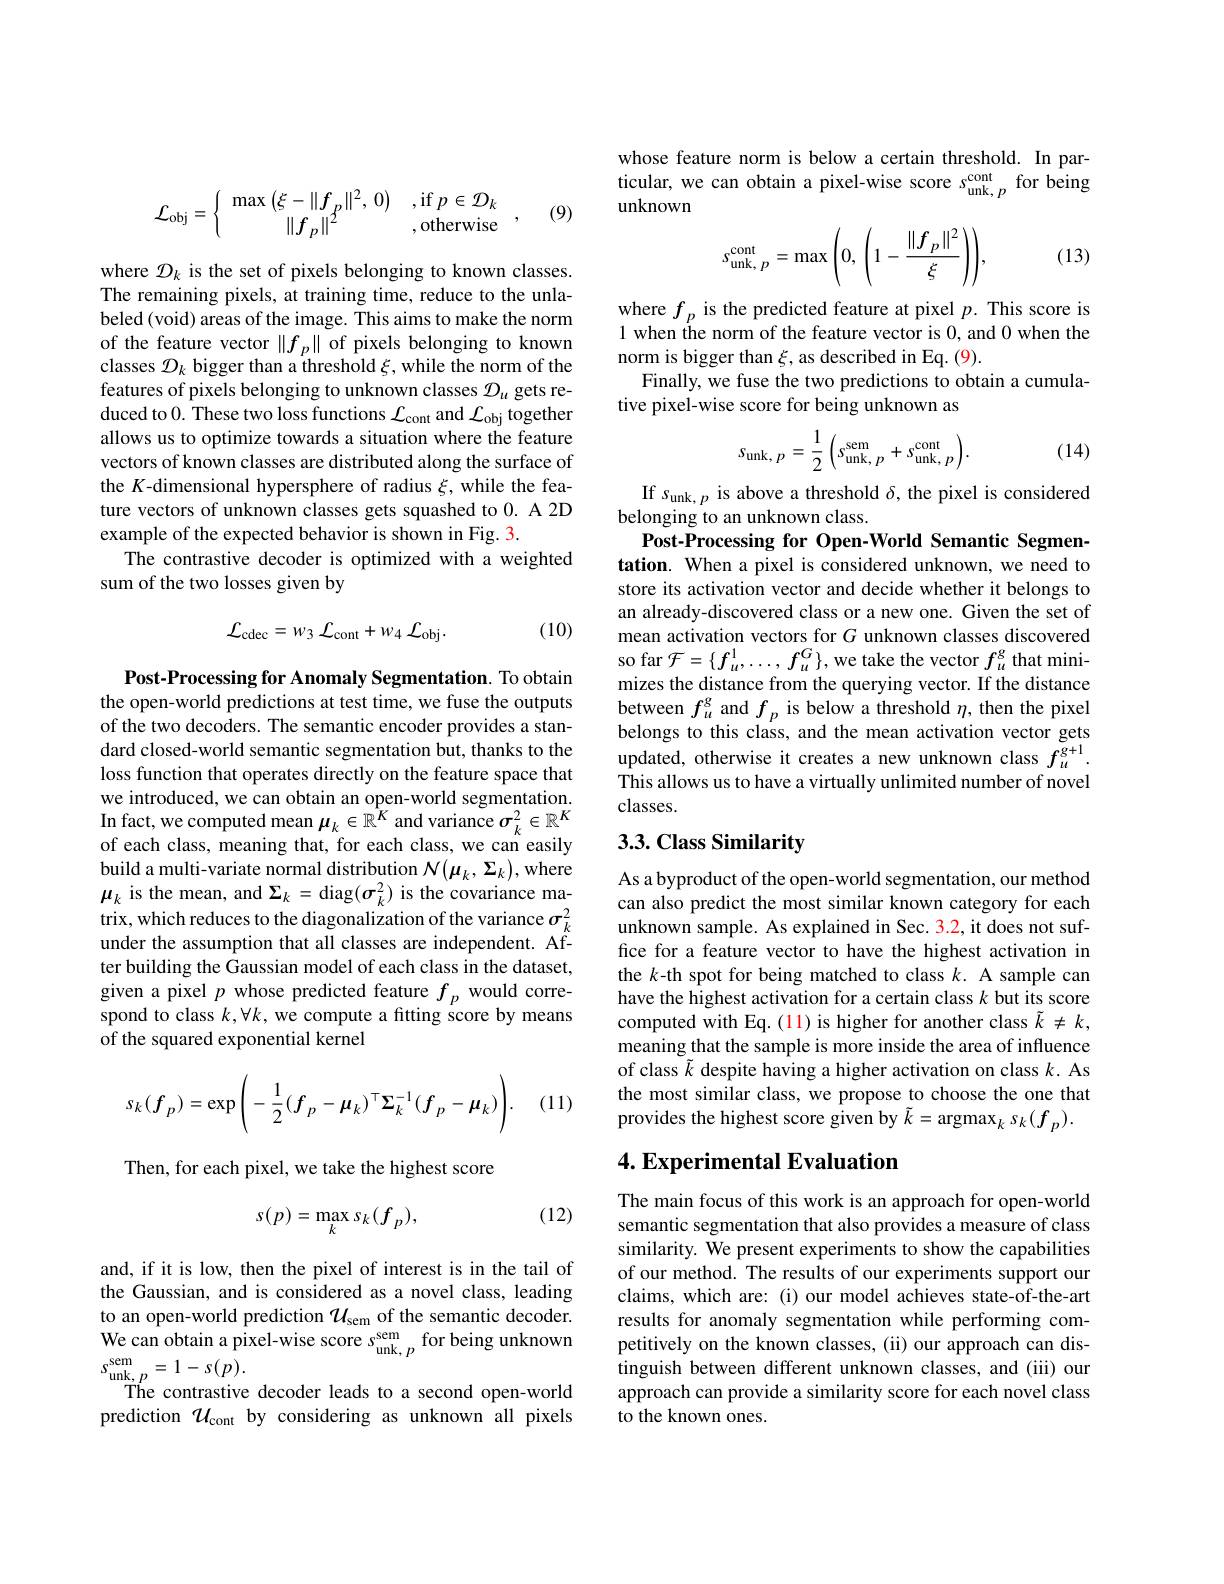
$$\mathcal{L}_{\mathrm{obj}}=\left\{\begin{array}{cc}\max\left(\xi-\|f_p\|^2,\:0\right)&\text{,if}\:p\in\mathcal{D}_k\\\|f_p\|^2&\text{,otherwise}\end{array}\right.,$$
(9)

where $\mathcal{D}_k$ is the set of pixels belonging to known classes. The remaining pixels, at training time, reduce to the unlabeled (void) areas of the image. This aims to make the norm of the feature vector $\|f_p\|$ of pixels belonging to known classes $\mathcal{D}_k$ bigger than a threshold $\xi$, while the norm of the features of pixels belonging to unknown classes $\mathcal{D}_u$ gets reduced to 0. These two loss functions $\mathcal{L}_\mathrm{cont}$ and $\mathcal{L}_\mathrm{obj}$ together allows us to optimize towards a situation where the feature vectors of known classes are distributed along the surface of the $K$-dimensional hypersphere of radius $\xi$, while the feature vectors of unknown classes gets squashed to 0. A 2D example of the expected behavior is shown in Fig. 3.
The contrastive decoder is optimized with a weighted
sum of the two losses given by
$$\mathcal{L}_{\mathrm{cdec}}=w_{3}\:\mathcal{L}_{\mathrm{cont}}+w_{4}\:\mathcal{L}_{\mathrm{obj}}.$$
(10)

Post-Processing for Anomaly Segmentation. To obtain the open-world predictions at test time, we fuse the outputs of the two decoders. The semantic encoder provides a standard closed-world semantic segmentation but, thanks to the loss function that operates directly on the feature space that we introduced, we can obtain an open-world segmentation. In fact, we computed mean $\mu_k\in\mathbb{R}^K$ and variance $\sigma_k^2\in\mathbb{R}^K$ of each class, meaning that, for each class, we can easily build a multi-variate normal distribution $\mathcal{N}(\mu_k,\Sigma_k)$,where $\mu_{k}$ is the mean, and $\Sigma_k=$diag$(\sigma_k^2)$ is the covariance matrix, which reduces to the diagonalization of the variance $\sigma_k^2$ under the assumption that all classes are independent. After building the Gaussian model of each class in the dataset, given a pixel $p$ whose predicted feature $f_p$ would correspond to class $k,\forall k$, we compute a fitting score by means of the squared exponential kernel
$$s_{k}(f_{p})=\exp\left(-\frac{1}{2}(f_{p}-\mu_{k})^{\top}\Sigma_{k}^{-1}(f_{p}-\mu_{k})\right).$$
(11)

Then, for each pixel, we take the highest score

(12)
$$s(p)=\max_ks_k(f_p),$$
and, if it is low, then the pixel of interest is in the tail of the Gaussian, and is considered as a novel class, leading to an open-world prediction $\mathcal{U}_\mathrm{sem}$ of the semantic decoder. We can obtain a pixel-wise score $s_\mathrm{unk,~}^{\mathrm{sem}}$ for being unknown $s_{\mathrm{unk,~}p}^{\mathrm{sem}}=1-s(p).$
The contrastive decoder leads to a second open-world prediction $\mathcal{U}_\mathrm{cont}$ by considering as unknown all pixels

whose feature norm is below a certain threshold. In par- $\begin{array}{l}\mathrm{ticular,~we~can~obtain~a~pixel-wise~score~s_{unk,~p}^{\mathrm{cont}}~for~being}\\\mathrm{unknown}\end{array}$
$$s_{\text{unk,}\:p}^{\text{cont}}=\max\left(0,\:\left(1-\frac{\|f_P\|^2}{\xi}\right)\right),$$
(13)

where $f_p$ is the predicted feature at pixel $p.$ This score is 1 when the norm of the feature vector is 0, and 0 when the norm is bigger than $\xi$, as described in Eq.(9).
Finally, we fuse the two predictions to obtain a cumula-
tive pixel-wise score for being unknown as
$$s_{\mathrm{unk},\:p}=\frac{1}{2}\left(s_{\mathrm{unk},\:p}^{\mathrm{sem}}+s_{\mathrm{unk},\:p}^{\mathrm{cont}}\right).$$
(14)

If $s_{\mathrm{unk},p}$ is above a threshold $\delta$, the pixel is considered
belonging to an unknown class.
Post-Processing for Open-World Semantic Segmentation. When a pixel is considered unknown, we need to store its activation vector and decide whether it belongs to an already-discovered class or a new one. Given the set of mean activation vectors for $G$ unknown classes discovered so far $\mathcal{F}=\{f_u^1,\ldots,f_u^G\}$,we take the vector $f_u^g$ that minimizes the distance from the querying vector. If the distance between $f_u^g$ and $f_p$ is below a threshold $\eta$, then the pixel belongs to this class, and the mean activation vector gets updated, otherwise it creates a new unknown class $f_u^{g+1}.$ This allows us to have a virtually unlimited number of novel classes.

## 3.3. Class Similarity

As a byproduct of the open-world segmentation, our method can also predict the most similar known category for each unknown sample. As explained in Sec. 3.2, it does not suffice for a feature vector to have the highest activation in the $k$-th spot for being matched to class $k.$ A sample can have the highest activation for a certain class $k$ but its score computed with Eq.(11) is higher for another class $\tilde{k}\neq k$, meaning that the sample is more inside the area of influence of class $\tilde{k}$ despite having a higher activation on class $k.$ As the most similar class, we propose to choose the one that provides the highest score given by $\tilde{k}=\operatorname{argmax}_ks_k(f_p).$

## 4. Experimental Evaluation

The main focus of this work is an approach for open-world semantic segmentation that also provides a measure of class similarity. We present experiments to show the capabilities of our method. The results of our experiments support our claims, which are: (i) our model achieves state-of-the-art results for anomaly segmentation while performing competitively on the known classes, (ii) our approach can distinguish between different unknown classes, and (iii) our approach can provide a similarity score for each novel class to the known ones.